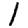
Digit: 1